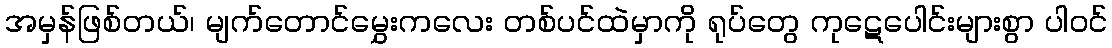
အမှန်ဖြစ်တယ်၊ မျက်တောင်မွှေးကလေး တစ်ပင်ထဲမှာကို ရုပ်တွေ ကုဋေပေါင်းများစွာ ပါဝင်